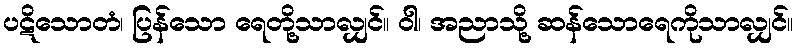
ပဋိသောတံ၊ ပြန်သော ရေတို့သာလျှင်။ ဝါ၊ အညာသို့ ဆန်သောရေကိုသာလျှင်။